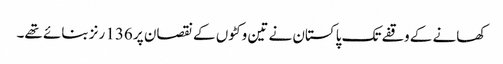
کھانے کے وقفے تک پاکستان نے تین وکٹوں کے نقصان پر 136 رنز بنائے تھے۔